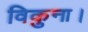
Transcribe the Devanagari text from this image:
विकुना।